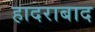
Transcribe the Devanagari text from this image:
हादराबाद